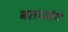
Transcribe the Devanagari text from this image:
बताओगे